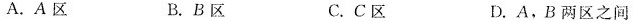
A.A区 B.B区 C.C区 D.A，B两区之间100m200mA区B区图16-16